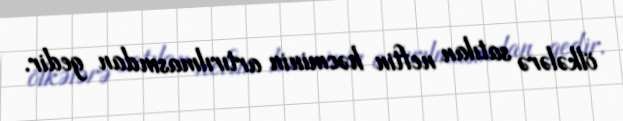
ölkələrə satılan neftin həcminin artırılmasından gedir.